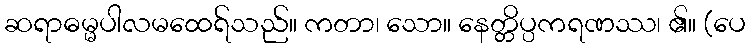
ဆရာဓမ္မပါလမထေရ်သည်။ ကတာ၊ သော။ နေတ္တိပ္ပကရဏဿ၊ ၏။ (ပေ